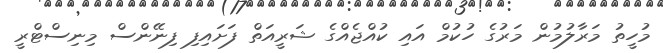
މުހީތު މަރާލުމުން މަރުގެ ހުކުމް އައި ކުއްޖެއްގެ ޝަރީއަތް ފަށައިފި ފިނޭންސް މިނިސްޓްރީ